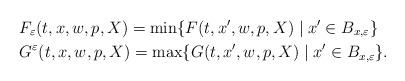
LaTeX: \begin{align*}&F_\varepsilon(t,x,w,p,X)=\min\{F(t,x',w,p,X)\mid x'\in B_{x,\varepsilon}\}\quad\\&G^\varepsilon(t,x,w,p,X)=\max\{G(t,x',w,p,X)\mid x'\in B_{x,\varepsilon}\}.\end{align*}